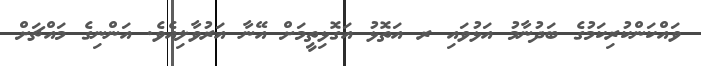
ވައްކަންކުރިކަމުގެ ބަދުނާމު އަޅުވައި ރ އަތޮޅު އަގޮޅިތީމަށް އޭނާ އަރުވާލިއެވެ. އަންނިގެ މައްޗަށް